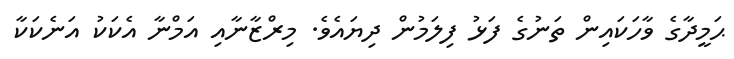
ޙަމީދާގެ ވާހަކައިން ތަނުގެ ފަޅު ފިލަމުން ދިޔައެވެ. މިރްޒާނާއި އަމްނާ އެކަކު އަނެކަކާ